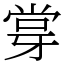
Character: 牚